Report of the Municipal Commissioner on the plague in Bombay for the year ending 31st May... - Volume 3
Disease focus: Plague
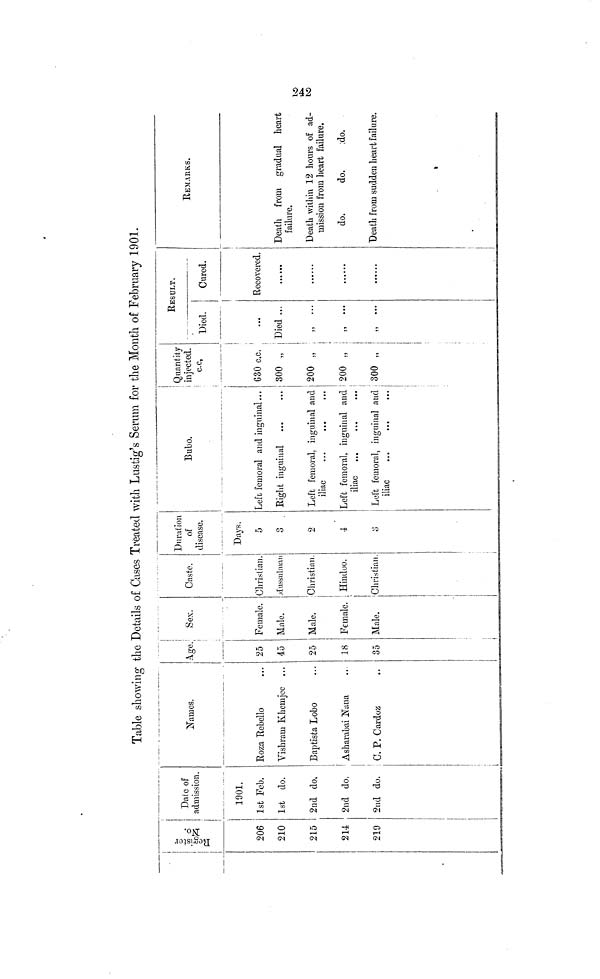
Table showing the Details of Cases Treated with Lustig's Serum for the Month of February 1901.
Register No.
206
210
215
214
219
Date of
admission.
1901.
1st Feb.
1st do.
2nd do.
2nd do.
2nd do.
Names.
Roza Rebollo
Vishram Khemjee ...
Baptista Lobo
Asharabai Nana
C. P. Cardoz
Age.
25
45
25
18
35
Sex.
Female.
Male.
Male.
Female.
Male.
Caste.
Christian.
Mussulman
Christian.
Hindoo.
Christian.
Duration
of
disease.
Days.
5
3
2
4
3
Bubo.
Left, femoral and inguinal...
Right inguinal
Left femoral, inguinal and
iliac
...
...
,,,
Left femoral, inguinal and
iliac
Left femoral, inguinal and
iliac
Quantity
injected.
c.c,
630 c,c.
300 „
200 „
200 „
300 „
RESULT.
Died.
Cured.
Died ...
,, ...
,,
...
Recovered.
REMARKS.
Death from gradual heart
failure.
Death within 12 hours of ad-
mission from heart failure.
do.
do.
do.
"Death from sudden heart failure.
242